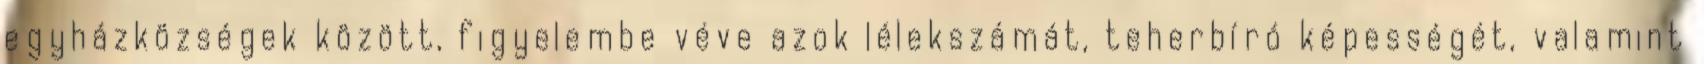
egyházközségek között, figyelembe véve azok lélekszámát, teherbíró képességét, valamint